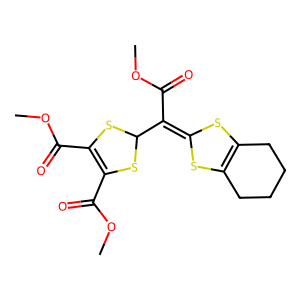
SMILES: COC(=O)C1=C(C(=O)OC)SC(C(C(=O)OC)=C2SC3=C(CCCC3)S2)S1
Inhibits HIV replication: No